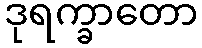
ဒုရက္ခာတော